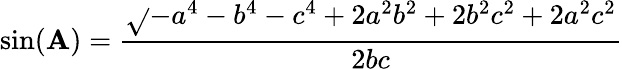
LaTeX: \sin(\mathbf{A})={\frac{{\sqrt{}{{-a^{4}-b^{4}-c^{4}+2a^{2}b^{2}+2b^{2}c^{2}+2a^{2}c^{2}}}}}{{2bc}}}